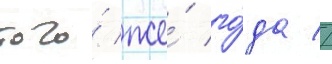
того́ же́ го́да //